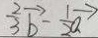
\frac { 2 } { 3 } \overrightarrow { b } - \frac { 1 } { 2 } \overrightarrow { a }